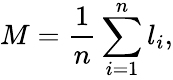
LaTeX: M=\frac{1}{n}\sum_{i=1}^{n}l_{i},